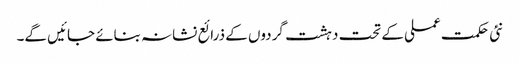
نئی حکمت عملی کے تحت دہشت گردوں کے ذرائع نشانہ بنائے جائیں گے۔